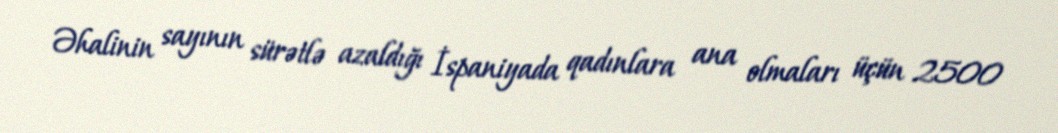
Əhalinin sayının sürətlə azaldığı İspaniyada qadınlara ana olmaları üçün 2500